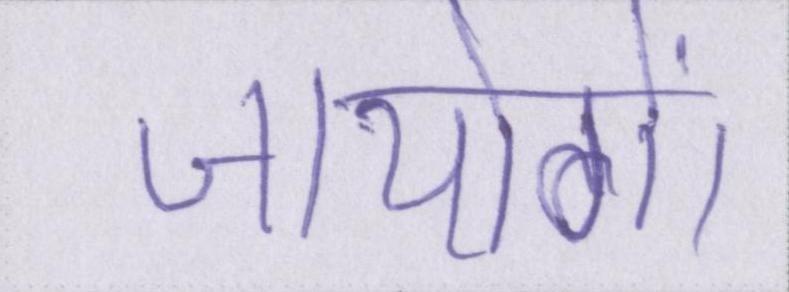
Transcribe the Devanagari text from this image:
जायेगें।